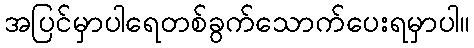
အပြင်မှာပါရေတစ်ခွက်သောက်ပေးရမှာပါ။